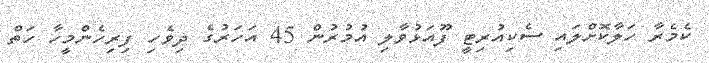
ކެމެރާ ހަލާކޮށްލައި ސެކިއުރިޓީ ފޫއަޅުވާލި އުމުރުން 45 އަހަރުގެ ދިވެހި ފިރިހެންމީހާ ހަތް